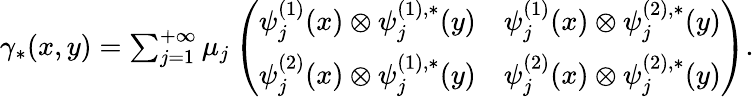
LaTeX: \begin{array}{r}{\gamma_{*}(x,y)=\sum_{j=1}^{+\infty}\mu_{j}\left(\begin{array}{ll}{\psi_{j}^{(1)}(x)\otimes\psi_{j}^{(1),*}(y)}&{\psi_{j}^{(1)}(x)\otimes\psi_{j}^{(2),*}(y)}\\ {\psi_{j}^{(2)}(x)\otimes\psi_{j}^{(1),*}(y)}&{\psi_{j}^{(2)}(x)\otimes\psi_{j}^{(2),*}(y)}\end{array}\right).}\end{array}